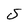
Character: S